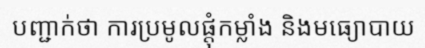
បញ្ជាក់ថា ការប្រមូលផ្តុំកម្លាំង និងមធ្យោបាយ